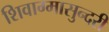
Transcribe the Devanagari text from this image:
शिवाग्मासुन्दरी